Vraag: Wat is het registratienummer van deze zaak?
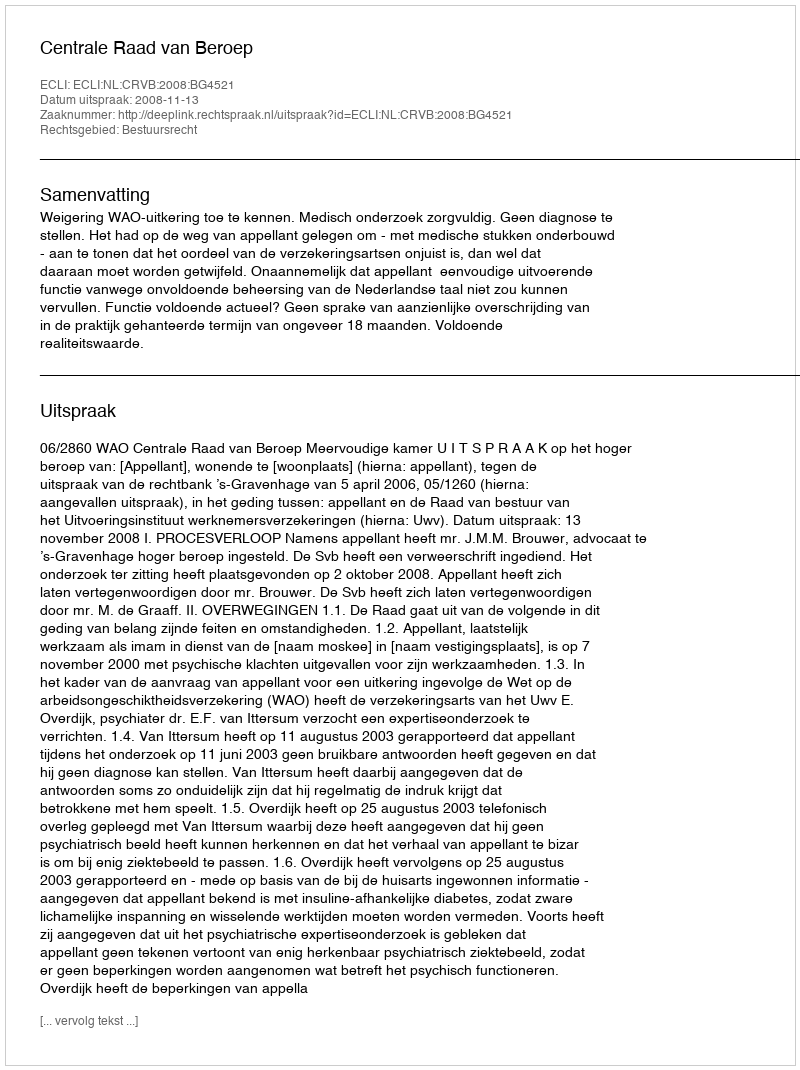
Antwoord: http://deeplink.rechtspraak.nl/uitspraak?id=ECLI:NL:CRVB:2008:BG4521